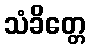
သံခိတ္တေ